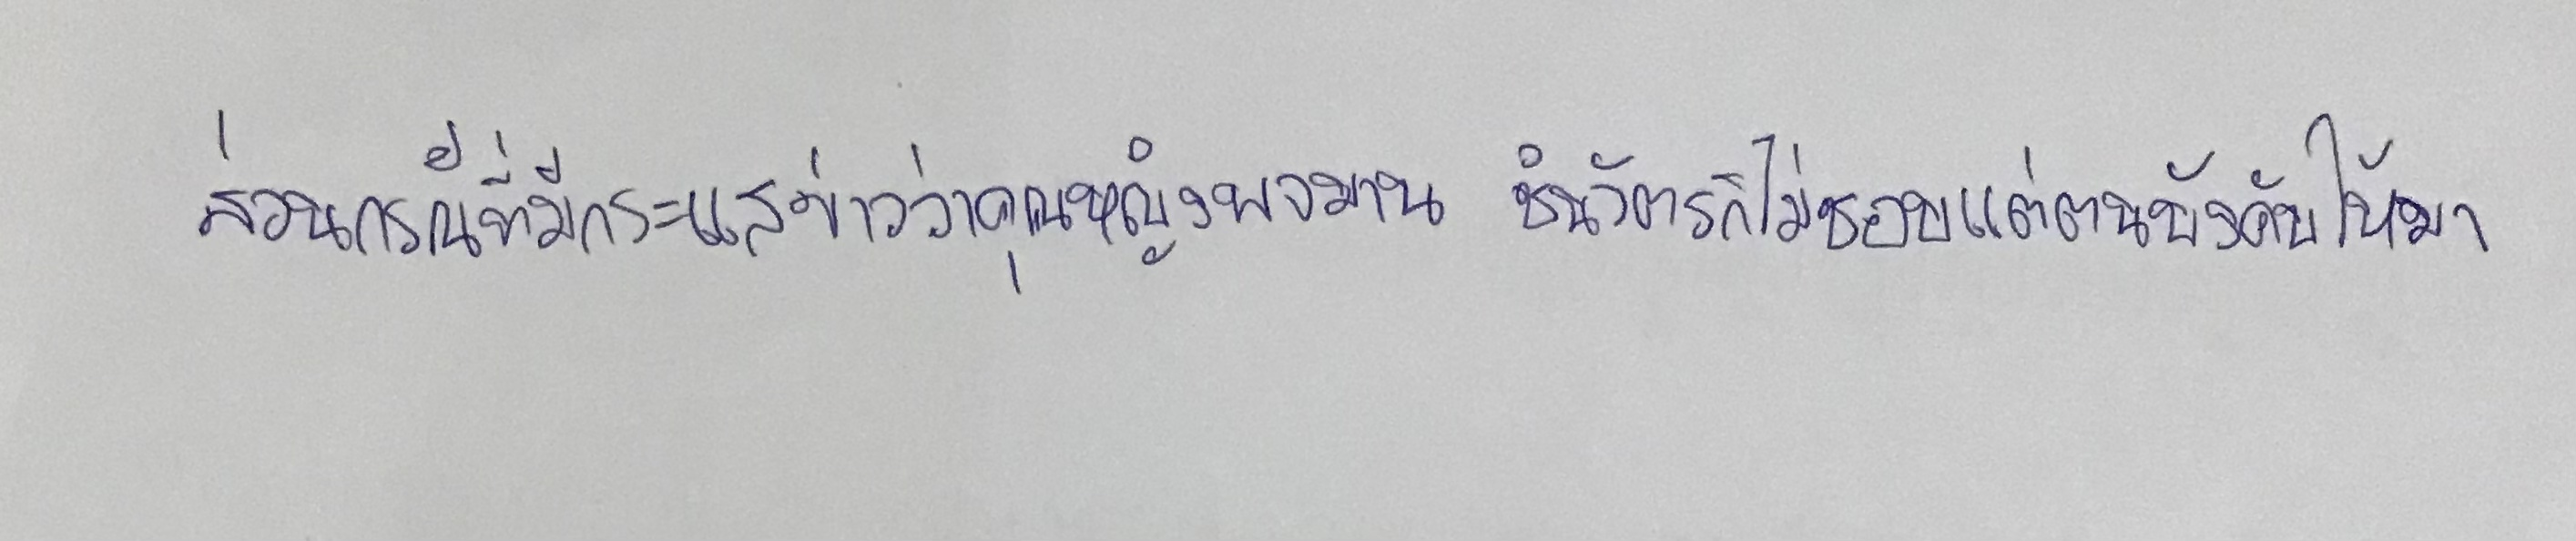
ส่วนกรณีที่มีกระแสข่าวว่าคุณหญิงพจมาน ชินวัตรก็ไม่ชอบแต่ตนบังคับให้มา